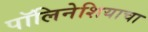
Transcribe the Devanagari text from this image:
पॉलिनेशियाचा